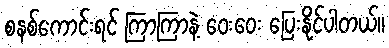
စနစ်ကောင်းရင် ကြာကြာနဲ့ ဝေးဝေး ပြေးနိုင်ပါတယ်။